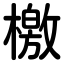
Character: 檄